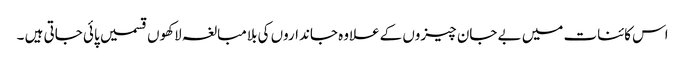
اس کائنات میں بے جان چیزوں کےعلاوہ جانداروں کی بلامبالغہ لاکھوں قسمیں پائی جاتی ہیں ۔